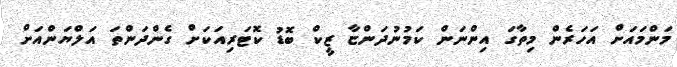
މަންމައަށް އަހަރެން މިތާގަ އިންނަން ކަމުނުދަންޏާ ޒީކް ބޮޑު ކޮޓަރިއަކަށް ގެންދަންތަ އަލްޔަންއަށް